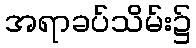
အရာခပ်သိမ်း၌